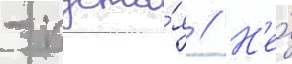
- пуста́я // Н'е́